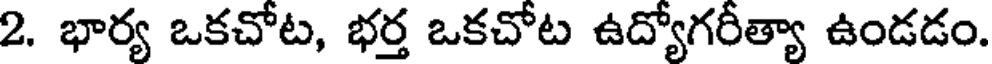
2. భార్య ఒకచోట, భర్త ఒకచోట ఉద్యోగరీత్యా ఉండడం.